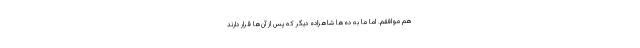
هم موافقم. اما ما به ده‌ها شاهزاده دیگر که پس از آن‌ها قرار دارند